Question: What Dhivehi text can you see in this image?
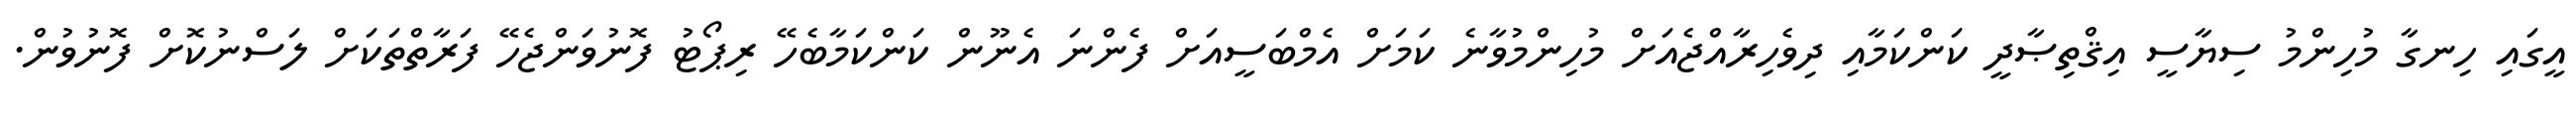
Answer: އީގައި ހިނގާ މުހިންމު ސިޔާސީ އިޤްތިޞާދީ ކަންކަމާއި ދިވެހިރާއްޖެއަށް މުހިންމުވާނެ ކަމަށް އެމްބަސީއަށް ފެންނަ އެނޫން ކަންކަމާބެހޭ ރިޕޯޓު ފޮނުވަންޖެހޭ ފަރާތްތަކަށް ލަސްނުކޮށް ފޮނުވުން.